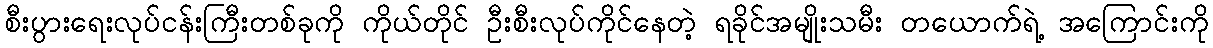
စီးပွားရေးလုပ်ငန်းကြီးတစ်ခုကို ကိုယ်တိုင် ဦးစီးလုပ်ကိုင်နေတဲ့ ရခိုင်အမျိုးသမီး တယောက်ရဲ့ အကြောင်းကို